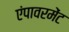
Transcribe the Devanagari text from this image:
एंपावरमेंट